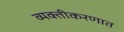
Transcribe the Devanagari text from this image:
व्यक्तीकरणात